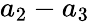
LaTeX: a_{2}-a_{3}